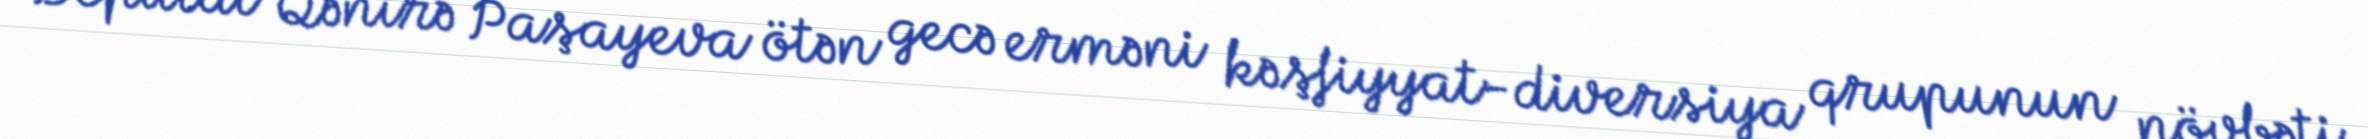
Deputat Qənirə Paşayeva ötən gecə erməni kəşfiyyat-diversiya qrupunun növbəti